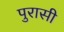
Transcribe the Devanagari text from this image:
पुरासी